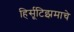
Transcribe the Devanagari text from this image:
हिर्सूटिझमाचे